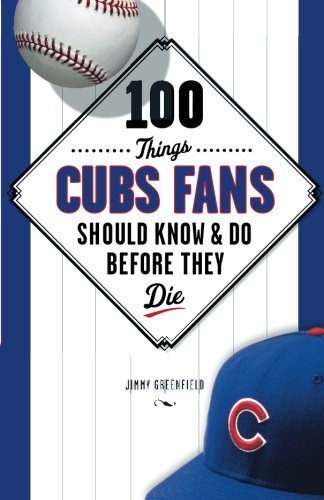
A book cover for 100 Things Cubs Fans Should Know & Do Before They Die (100 Things...Fans Should Know); Jimmy Greenfield; Sports & Outdoors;